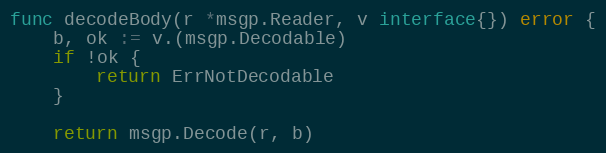
Language: Go
func decodeBody(r *msgp.Reader, v interface{}) error {
	b, ok := v.(msgp.Decodable)
	if !ok {
		return ErrNotDecodable
	}

	return msgp.Decode(r, b)